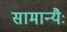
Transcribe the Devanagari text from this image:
सामान्यैः